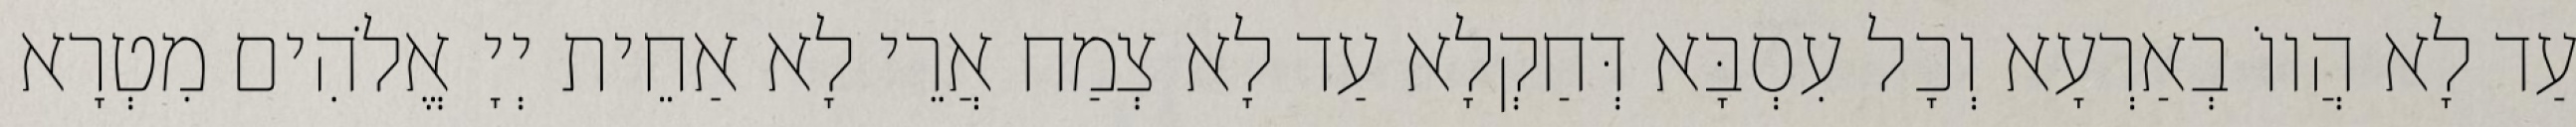
עַד לָא הֲווֹ בְאַרְעָא וְכָל עִסְבָּא דְּחַקְלָא עַד לָא צְמַח אֲרֵי לָא אַחֵית יְיָ אֱלֹהִים מִטְרָא